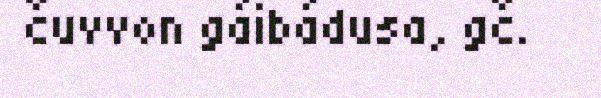
čuvvon gáibádusa, gč.